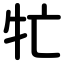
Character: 牤